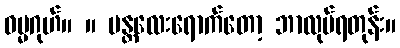
ဓမ္မဂုဟ်။ ။ မန္တလေးရောက်တော့ ဘာလုပ်ရတုန်း။